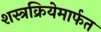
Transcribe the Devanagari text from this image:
शस्त्रक्रियेमार्फत